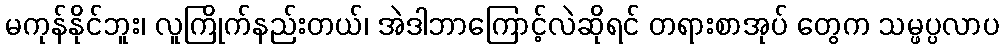
မကုန်နိုင်ဘူး၊ လူကြိုက်နည်းတယ်၊ အဲဒါဘာကြောင့်လဲဆိုရင် တရားစာအုပ် တွေက သမ္ဖပ္ပလာပ